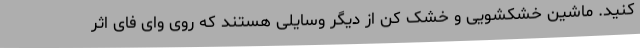
کنید. ماشین خشکشویی و خشک کن از دیگر وسایلی هستند که روی وای فای اثر